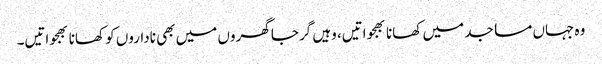
وہ جہاں مساجد میں کھانا بھجواتیں، وہیں گرجا گھروں میں بھی ناداروں کو کھانا بھجواتیں۔